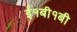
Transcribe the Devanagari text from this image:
ई१बी१बी